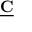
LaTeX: \underline { { \mathbf { C } } }